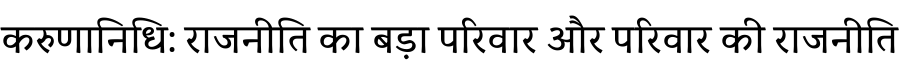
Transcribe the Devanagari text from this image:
करुणानिधि: राजनीति का बड़ा परिवार और परिवार की राजनीति